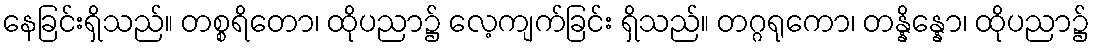
နေခြင်းရှိသည်။ တစ္စရိတော၊ ထိုပညာ၌ လေ့ကျက်ခြင်း ရှိသည်။ တဂ္ဂရုကော၊ တန္နိန္နော၊ ထိုပညာ၌